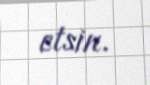
etsin.